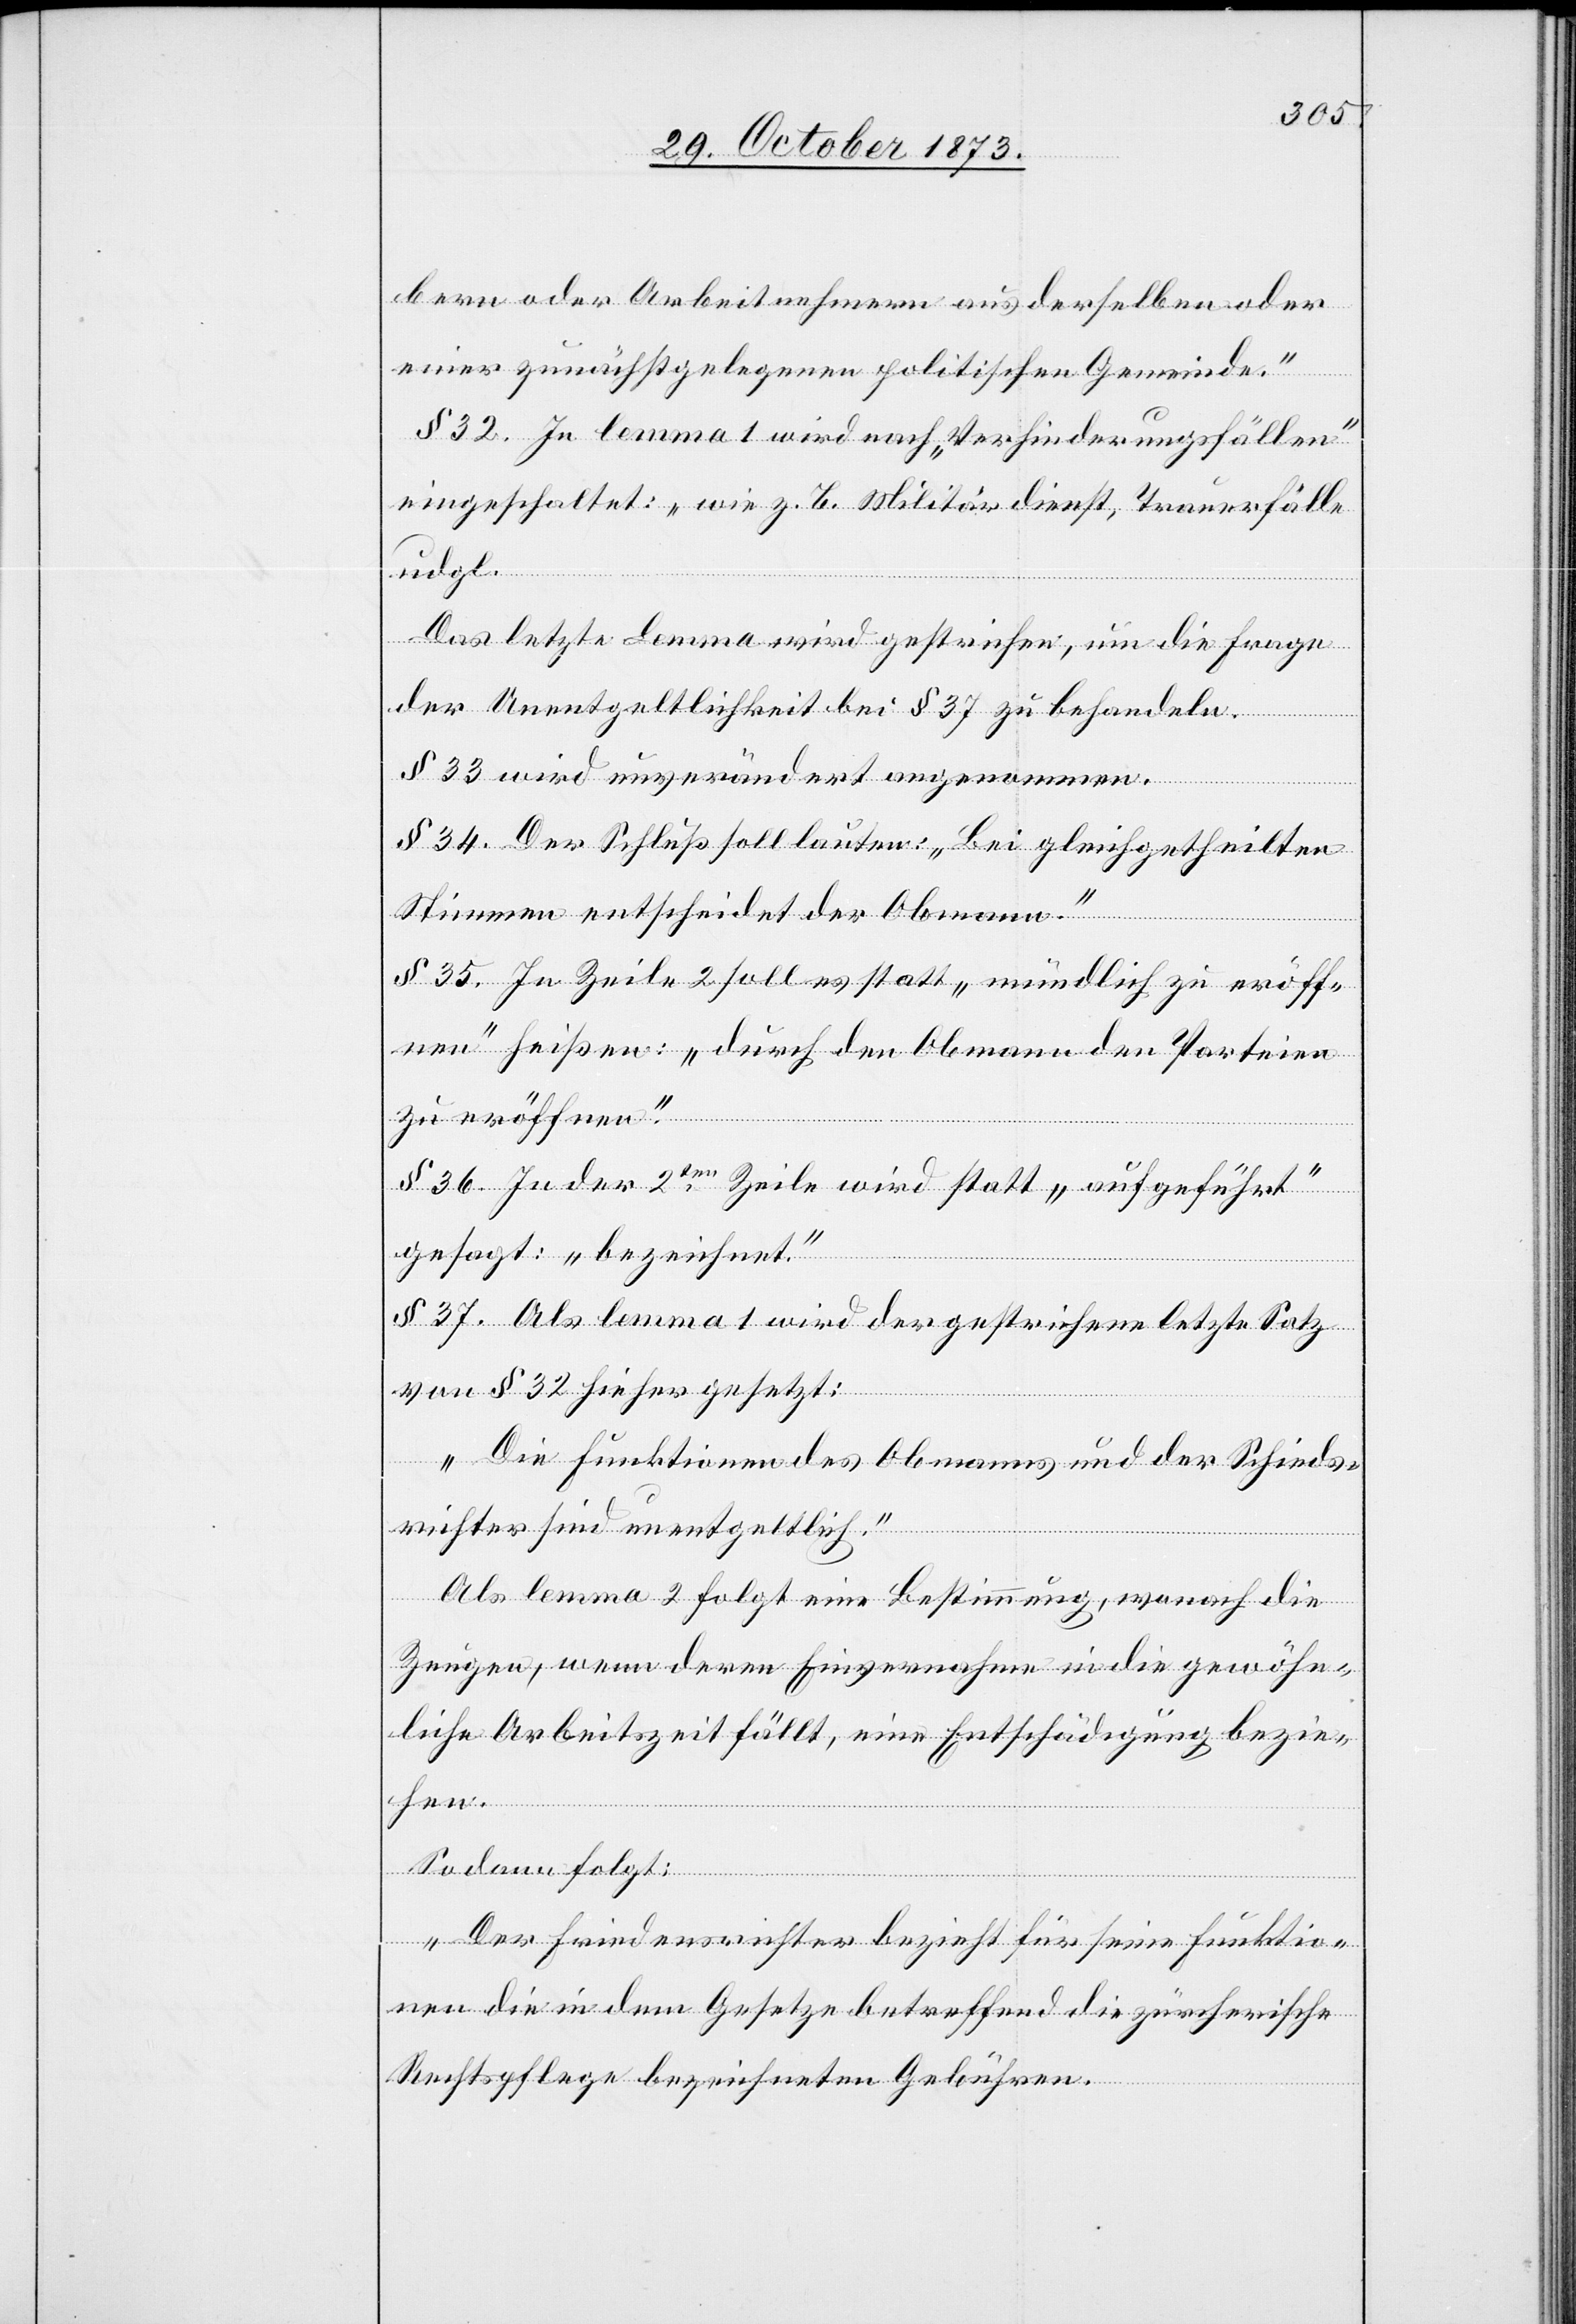
bern oder Arbeitnehmern aus derselben oder
einer zunächstgelegenen politischen Gemeinde.“
§ 32. In lemma 1 wird nach „Verhinderungsfällen“
eingeschaltet: „wie z. B. Militärdienst, Trauerfälle
udgl.“
Das letzte Lemma wird gestrichen, um die Frage
der Unentgeltlichkeit bei § 37 zu behandeln.
§ 33 wird unverändert angenommen.
§ 34. Der Schluß soll lauten: „Bei gleichgetheilten
Stimmen entscheidet der Obmann.“
§ 35. In Zeile 2 soll es statt „mündlich zu eröff¬
nen“ heißen: „durch den Obmann den Parteien
zu eröffnen.“
§ 36. In der 2ten Zeile wird statt „aufgeführt“
gesagt: „bezeichnet“.
§ 37. Als lemma 1 wird der gestrichene letzte Satz
von § 32 hieher gesetzt:
„Die Funktionen des Obmanns und der Schieds¬
richter sind unentgeltlich.“
Als lemma 2 folgt eine Bestimmung, wonach die
Zeugen, wenn deren Einvernahme in die gewöhn¬
liche Arbeitszeit fällt, eine Entschädigung bezie¬
hen.
Sodann folgt:
„Der Friedensrichter bezieht für seine Funktio¬
nen die in dem Gesetze betreffend die zürcherische
Rechtspflege bezeichneten Gebühren.“